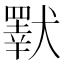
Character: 𤢕